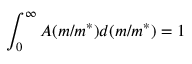
\int _ { 0 } ^ { \infty } A ( m / m ^ { * } ) d ( m / m ^ { * } ) = 1